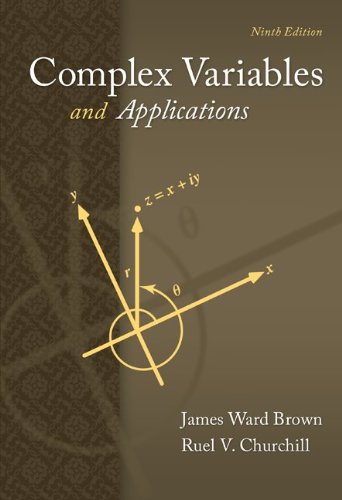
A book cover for Complex Variables and Applications (Brown and Churchill); James Brown; Science & Math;